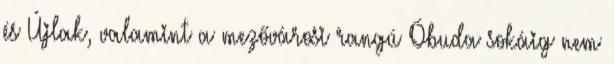
és Újlak, valamint a mezővárosi rangú Óbuda sokáig nem